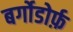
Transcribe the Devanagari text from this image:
बर्गोडोर्फ़